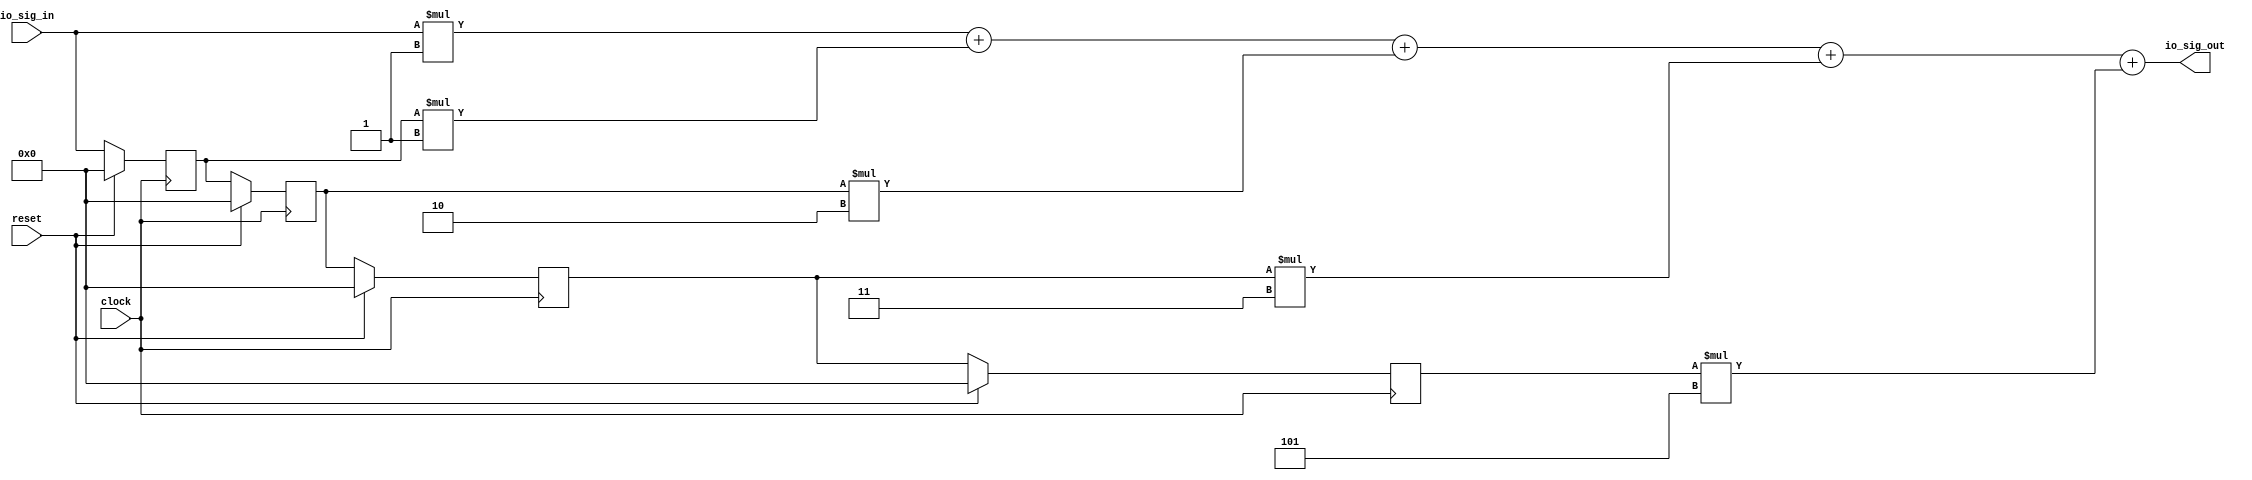
module ParamFIR(
  input        clock,
  input        reset,
  input  [4:0] io_sig_in,
  output [4:0] io_sig_out
);
`ifdef RANDOMIZE_REG_INIT
  reg [31:0] _RAND_0;
  reg [31:0] _RAND_1;
  reg [31:0] _RAND_2;
  reg [31:0] _RAND_3;
`endif // RANDOMIZE_REG_INIT
  reg [4:0] regs_1; // @[ParamFIR.scala 19:25]
  reg [4:0] regs_2; // @[ParamFIR.scala 19:25]
  reg [4:0] regs_3; // @[ParamFIR.scala 19:25]
  reg [4:0] regs_4; // @[ParamFIR.scala 19:25]
  wire [5:0] muls_0 = io_sig_in * 1'h1; // @[ParamFIR.scala 24:20]
  wire [5:0] muls_1 = regs_1 * 1'h1; // @[ParamFIR.scala 24:20]
  wire [6:0] muls_2 = regs_2 * 2'h2; // @[ParamFIR.scala 24:20]
  wire [6:0] muls_3 = regs_3 * 2'h3; // @[ParamFIR.scala 24:20]
  wire [7:0] muls_4 = regs_4 * 3'h5; // @[ParamFIR.scala 24:20]
  wire [5:0] sums_1 = muls_0 + muls_1; // @[ParamFIR.scala 30:28]
  wire [6:0] _GEN_0 = {{1'd0}, sums_1}; // @[ParamFIR.scala 30:28]
  wire [6:0] sums_2 = _GEN_0 + muls_2; // @[ParamFIR.scala 30:28]
  wire [6:0] sums_3 = sums_2 + muls_3; // @[ParamFIR.scala 30:28]
  wire [7:0] _GEN_1 = {{1'd0}, sums_3}; // @[ParamFIR.scala 30:28]
  wire [7:0] sums_4 = _GEN_1 + muls_4; // @[ParamFIR.scala 30:28]
  assign io_sig_out = sums_4[4:0]; // @[ParamFIR.scala 33:13]
  always @(posedge clock) begin
    if (reset) begin // @[ParamFIR.scala 19:25]
      regs_1 <= 5'h0; // @[ParamFIR.scala 19:25]
    end else begin
      regs_1 <= io_sig_in; // @[ParamFIR.scala 19:25]
    end
    if (reset) begin // @[ParamFIR.scala 19:25]
      regs_2 <= 5'h0; // @[ParamFIR.scala 19:25]
    end else begin
      regs_2 <= regs_1; // @[ParamFIR.scala 19:25]
    end
    if (reset) begin // @[ParamFIR.scala 19:25]
      regs_3 <= 5'h0; // @[ParamFIR.scala 19:25]
    end else begin
      regs_3 <= regs_2; // @[ParamFIR.scala 19:25]
    end
    if (reset) begin // @[ParamFIR.scala 19:25]
      regs_4 <= 5'h0; // @[ParamFIR.scala 19:25]
    end else begin
      regs_4 <= regs_3; // @[ParamFIR.scala 19:25]
    end
  end
// Register and memory initialization
`ifdef RANDOMIZE_GARBAGE_ASSIGN
`define RANDOMIZE
`endif
`ifdef RANDOMIZE_INVALID_ASSIGN
`define RANDOMIZE
`endif
`ifdef RANDOMIZE_REG_INIT
`define RANDOMIZE
`endif
`ifdef RANDOMIZE_MEM_INIT
`define RANDOMIZE
`endif
`ifndef RANDOM
`define RANDOM $random
`endif
`ifdef RANDOMIZE_MEM_INIT
  integer initvar;
`endif
`ifndef SYNTHESIS
`ifdef FIRRTL_BEFORE_INITIAL
`FIRRTL_BEFORE_INITIAL
`endif
initial begin
  `ifdef RANDOMIZE
    `ifdef INIT_RANDOM
      `INIT_RANDOM
    `endif
    `ifndef VERILATOR
      `ifdef RANDOMIZE_DELAY
        #`RANDOMIZE_DELAY begin end
      `else
        #0.002 begin end
      `endif
    `endif
`ifdef RANDOMIZE_REG_INIT
  _RAND_0 = {1{`RANDOM}};
  regs_1 = _RAND_0[4:0];
  _RAND_1 = {1{`RANDOM}};
  regs_2 = _RAND_1[4:0];
  _RAND_2 = {1{`RANDOM}};
  regs_3 = _RAND_2[4:0];
  _RAND_3 = {1{`RANDOM}};
  regs_4 = _RAND_3[4:0];
`endif // RANDOMIZE_REG_INIT
  `endif // RANDOMIZE
end // initial
`ifdef FIRRTL_AFTER_INITIAL
`FIRRTL_AFTER_INITIAL
`endif
`endif // SYNTHESIS
endmodule